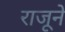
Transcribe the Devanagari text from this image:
राजूने